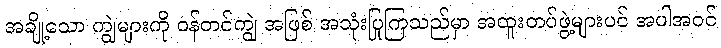
အချို့သော ကျွဲများကို ဝန်တင်ကျွဲ အဖြစ် အသုံးပြုကြသည်မှာ အထူးတပ်ဖွဲ့များပင် အပါအဝင်